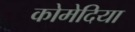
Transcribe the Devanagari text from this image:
कोमेदिया